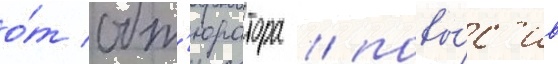
о́т обт'юратора / повы́с'ив